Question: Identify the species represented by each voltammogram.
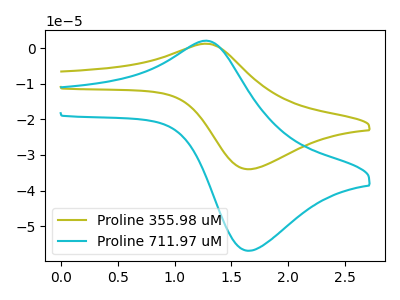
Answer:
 <answer>The olive curve is labeled "Proline 355.98 uM". The cyan curve is labeled "Proline 711.97 uM".</answer>
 <eval></eval>